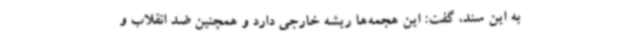
به این سند، گفت: این هجمه‌ها ریشه خارجی دارد و همچنین ضد انقلاب و